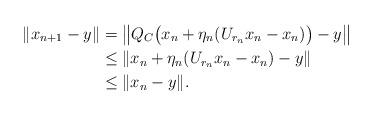
LaTeX: \begin{align*}\|x_{n+1}-y\| &= \big\|Q_C\big(x_n+\eta_n(U_{r_n}x_n-x_n)\big)-y\big\|\\&\leq \|x_n+\eta_n(U_{r_n}x_n-x_n)-y\|\\&\leq \|x_n-y\|. \end{align*}